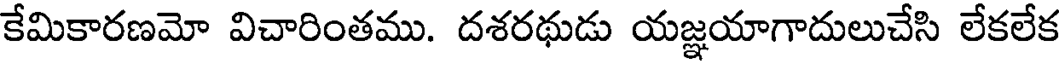
కేమికారణమో విచారింతము. దశరథుడు యజ్ఞయాగాదులుచేసి లేకలేక